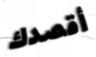
أقصدك